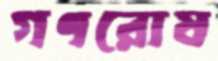
গণরোষ